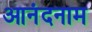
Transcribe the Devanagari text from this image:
आनंदनाम